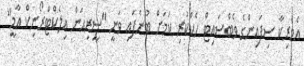
އެމެރިކާ ސިފައިންގެ ވެބްސައިޓް ހެކްކުރި ކަމަށް ބުނެފައި ވަނީ "ސީރިއަން އިލެކްޓްރޯނިކް އާމީ"